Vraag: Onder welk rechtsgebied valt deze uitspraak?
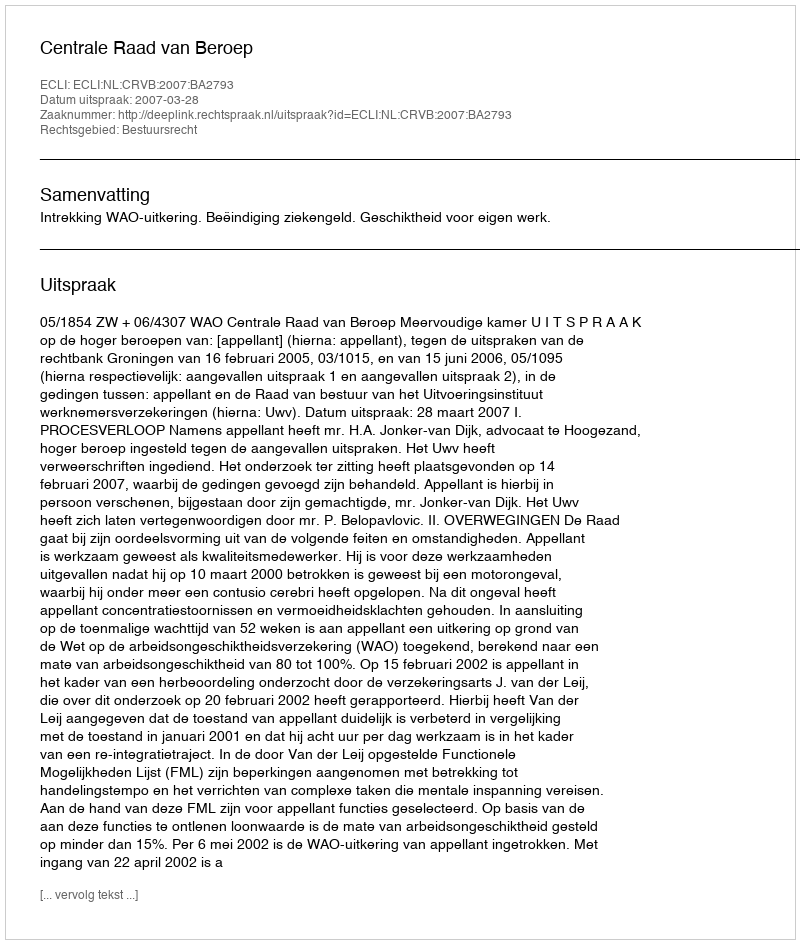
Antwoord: Bestuursrecht